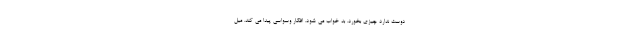
دوست ندارد چیزی بخورد. بد خواب می شود. افکار وسواسی پیدا می کند. میل